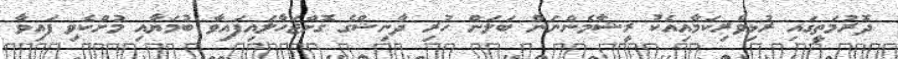
ދޮރުމަތީގައި ރުޅިވެރިކަމާއިއެކު ރީޝާމެންނަން ބަލަން ހުރި ދާނިޝްގެ ގޮށްޖަހާލައިފައިވާ ބުމަޔާއި މުށްކެވި ފައިވާ